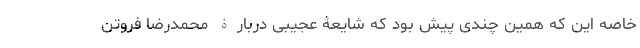
خاصه این که همین چندی پیش بود که شایعۀ عجیبی دربارۀ محمد‌رضا فروتن